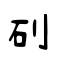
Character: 矵